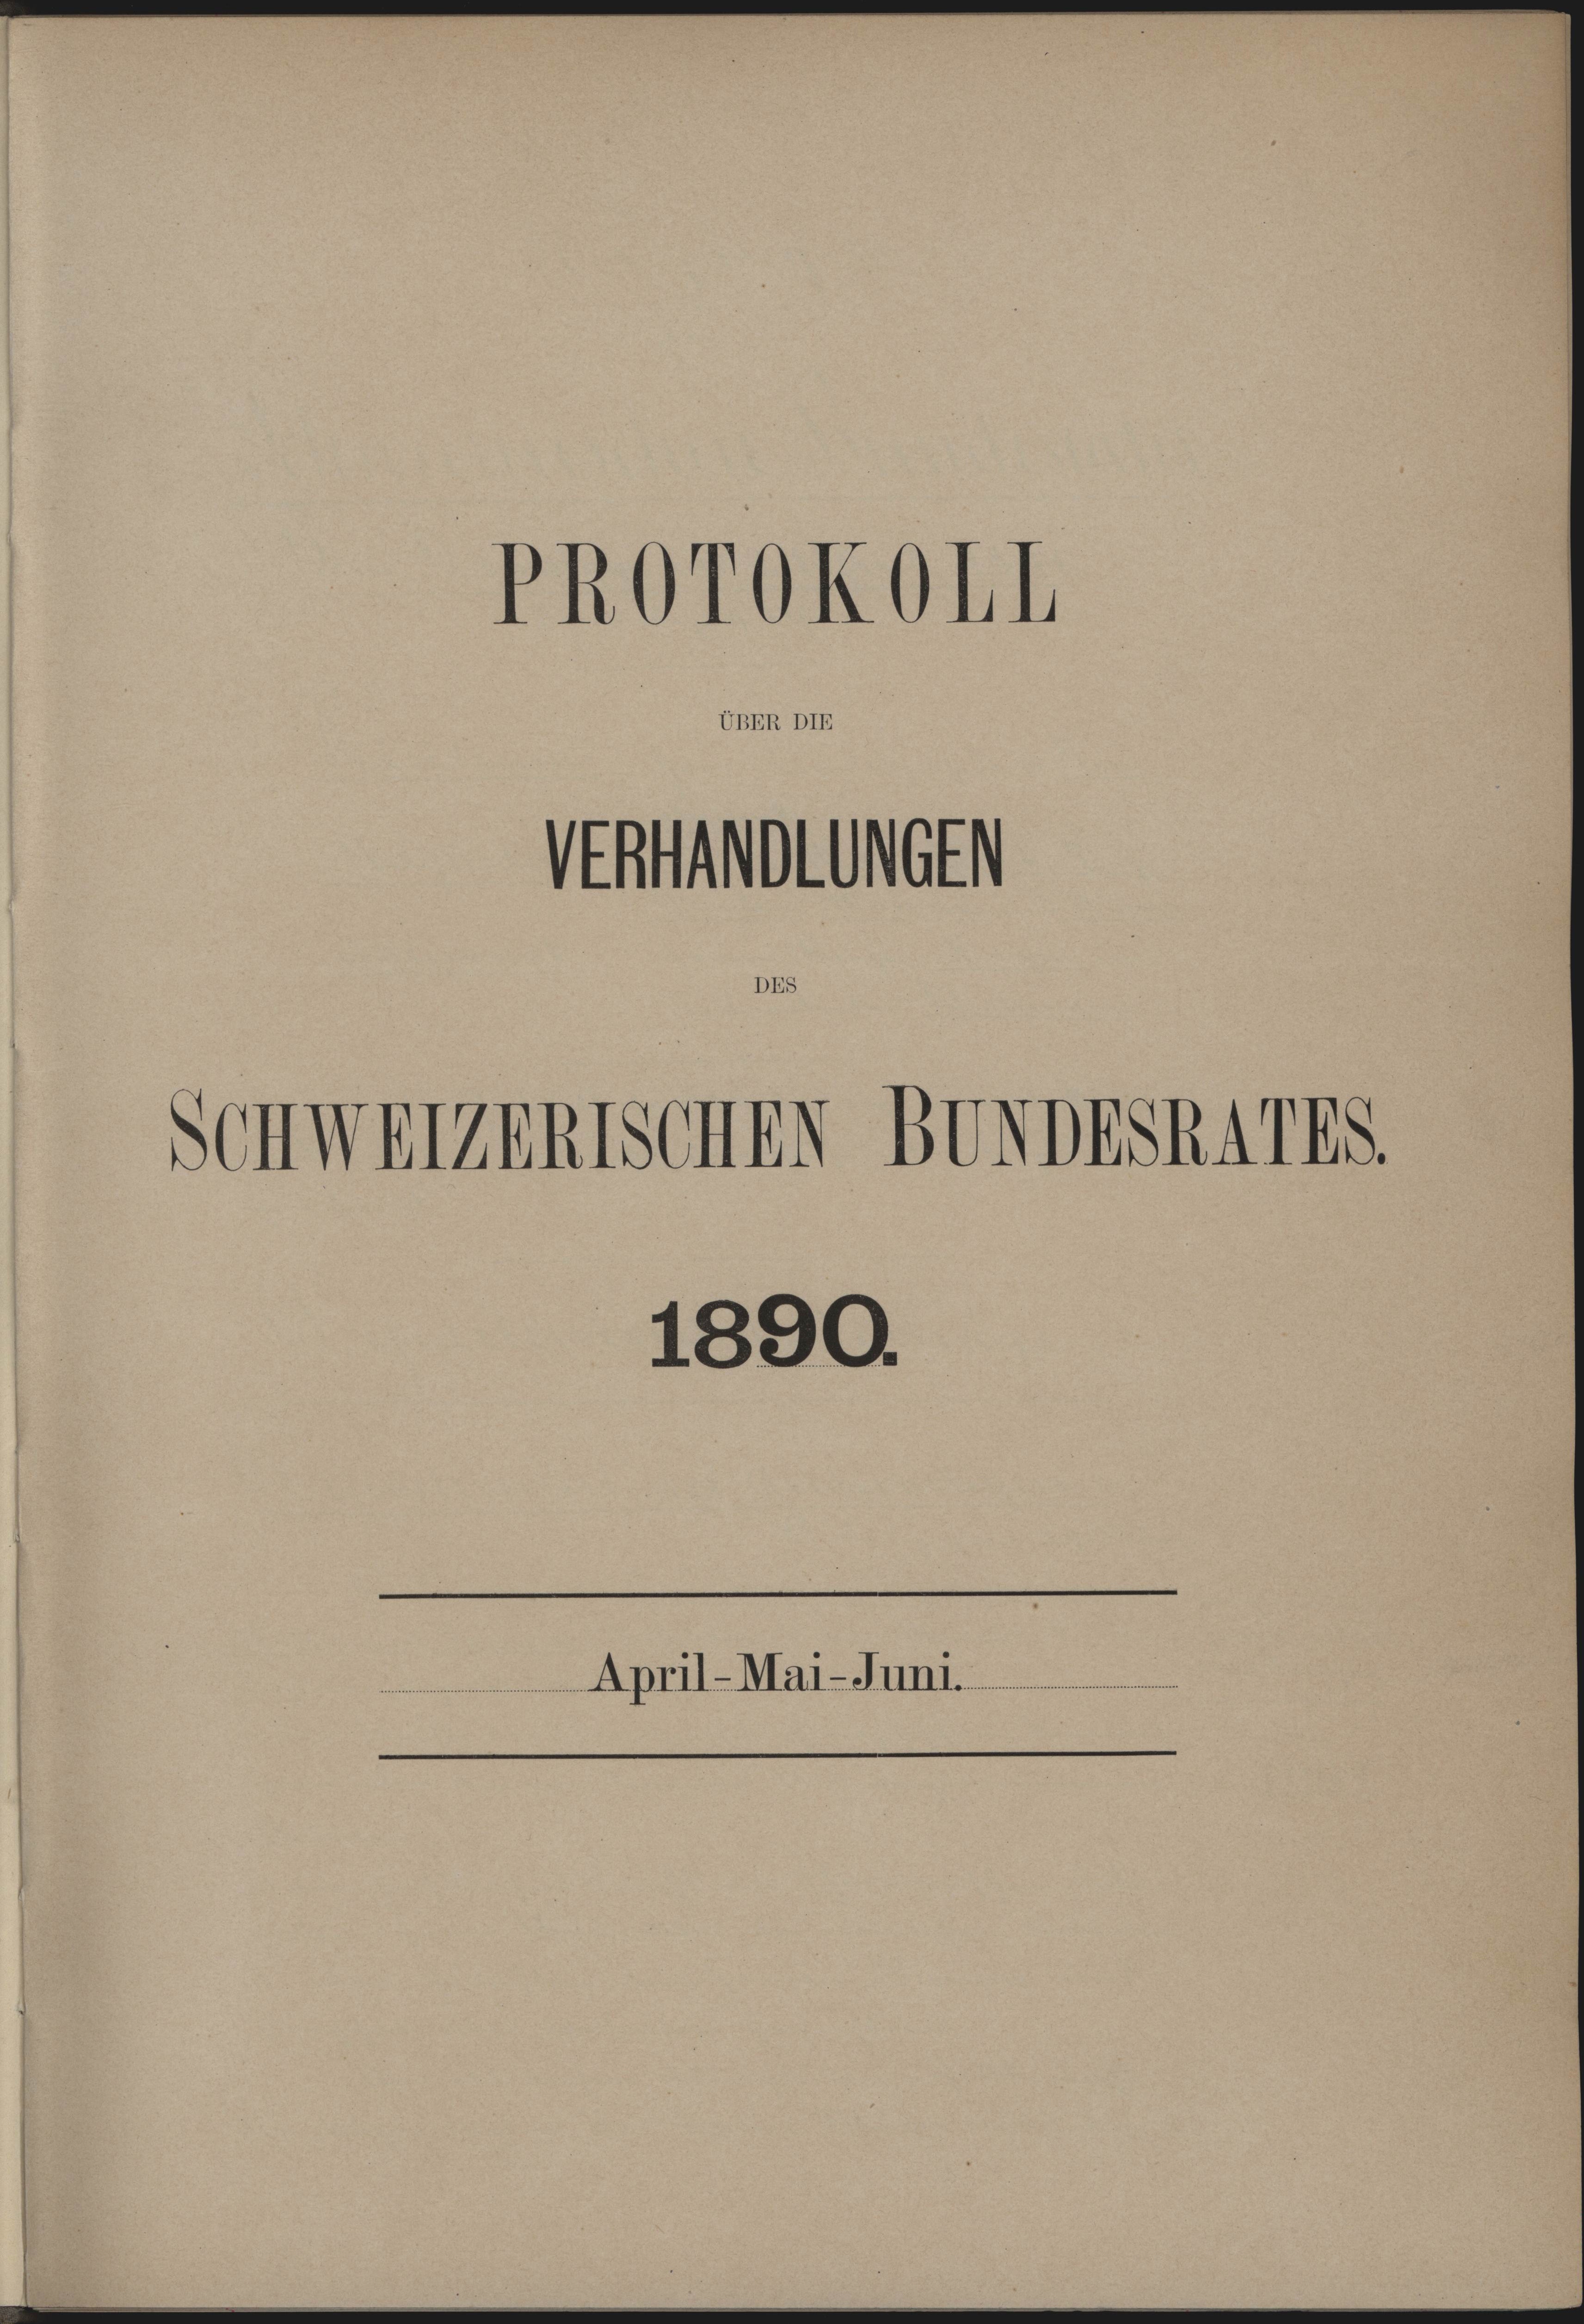
UBER DIE

PROrOKOHI

Statuten
Schweizerischen BUNDESRATES

1890.
 April-Mai-Juni.
.